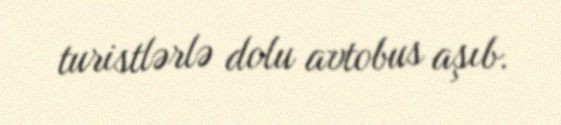
turistlərlə dolu avtobus aşıb.